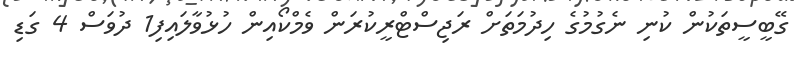
ގޭބީސީތަކުން ކުނި ނެގުމުގެ ހިދުމަތަށް ރަޖިސްޓްރީކުރަން ވެމްކޯއިން ހުޅުވާލައިފި1 ދުވަސް 4 ގަޑި